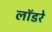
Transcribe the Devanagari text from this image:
लॉडरे